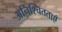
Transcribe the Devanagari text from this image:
अनिश्चितताएँ